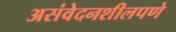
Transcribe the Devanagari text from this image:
असंवेदनशीलपणे